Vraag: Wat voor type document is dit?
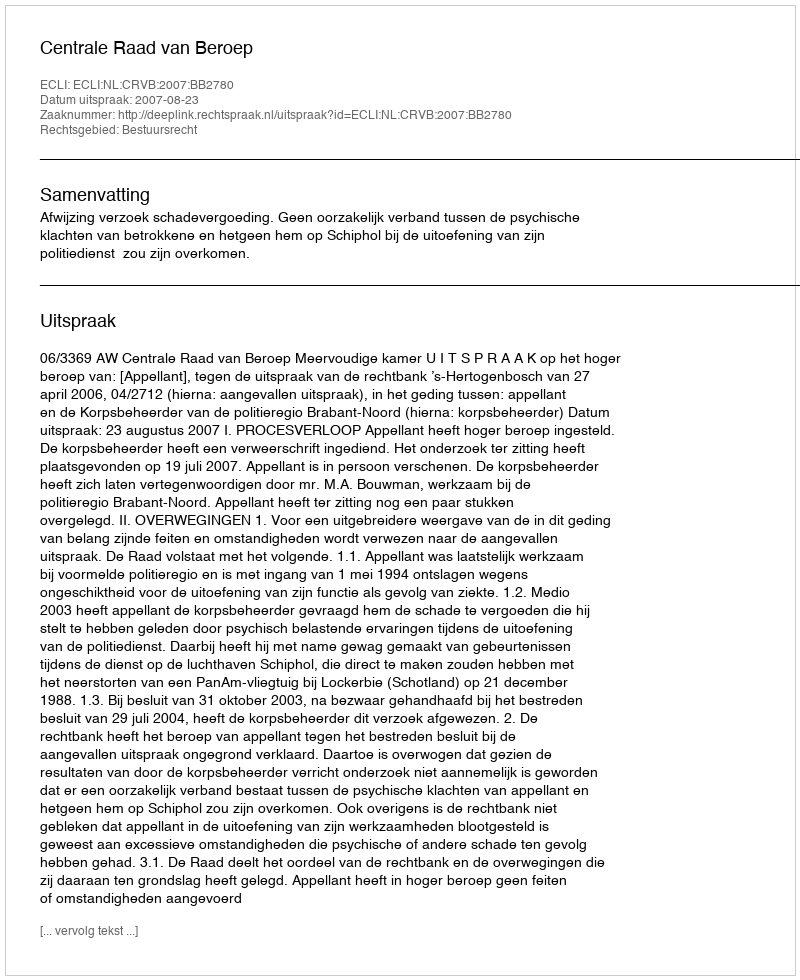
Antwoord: Uitspraak